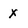
Character: X